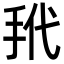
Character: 𪭩